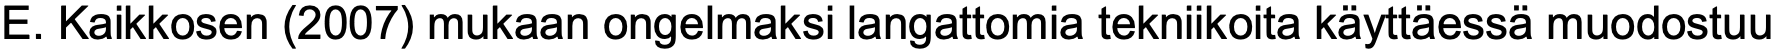
E. Kaikkosen (2007) mukaan ongelmaksi langattomia tekniikoita käyttäessä muodostuu